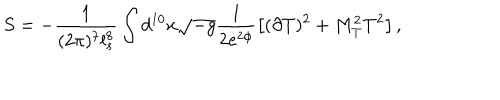
LaTeX: S = - \frac { 1 } { ( 2 \pi ) ^ { 7 } l _ { s } ^ { 8 } } \int d ^ { 1 0 } x \sqrt { - g } \frac { 1 } { 2 e ^ { 2 \phi } } \left[ ( \partial T ) ^ { 2 } + M _ { T } ^ { 2 } T ^ { 2 } \right] ,